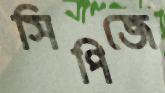
সিপিজে